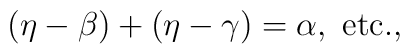
(\eta-\beta)+(\eta-\gamma)=\alpha,\ \textrm{etc.,}